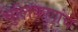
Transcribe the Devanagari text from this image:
धुलिकणांचे